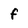
Character: f